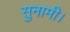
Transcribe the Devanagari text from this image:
सुनामी।